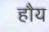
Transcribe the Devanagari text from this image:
हौय